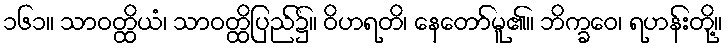
၁၆၁။ သာဝတ္ထိယံ၊ သာဝတ္ထိပြည်၌။ ဝိဟရတိ၊ နေတော်မူ၏။ ဘိက္ခဝေ၊ ရဟန်းတို့။